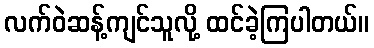
လက်ဝဲဆန့်ကျင်သူလို့ ထင်ခဲ့ကြပါတယ်။